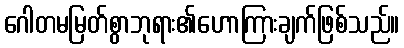
ဂေါတမမြတ်စွာဘုရား၏ဟောကြားချက်ဖြစ်သည်။